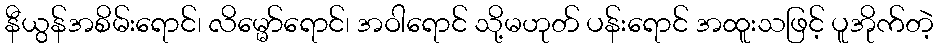
နီယွန်အစိမ်းရောင်၊ လိမ္မော်ရောင်၊ အဝါရောင် သို့မဟုတ် ပန်းရောင် အထူးသဖြင့် ပူအိုက်တဲ့